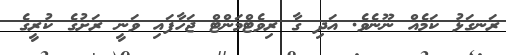
ރަނގަޅު ކަމެއް ނޫނެވެ. އަދި ގާ ރިވެޓްމަންޓް ޖަހާފައި ވަނީ ރަށުގެ ކުރީގެ